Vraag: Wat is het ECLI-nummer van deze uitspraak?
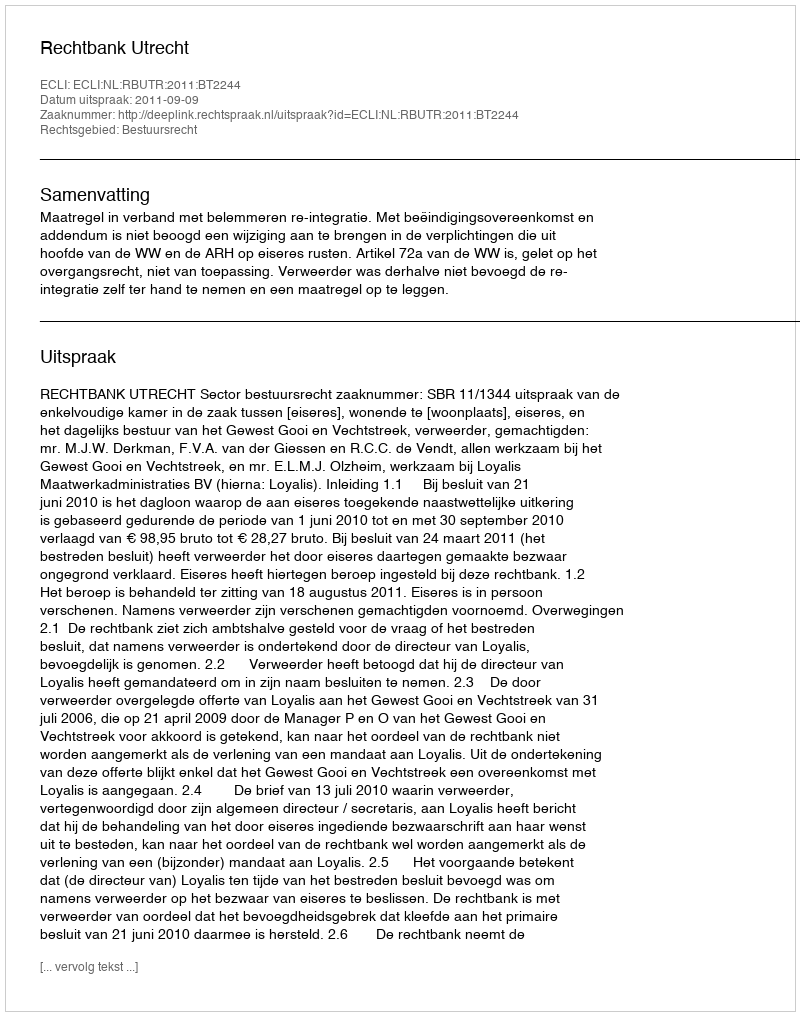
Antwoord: ECLI:NL:RBUTR:2011:BT2244